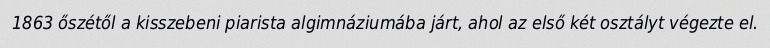
1863 őszétől a kisszebeni piarista algimnáziumába járt, ahol az első két osztályt végezte el.